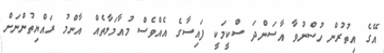
އޭގެ އިތުރުން ހުސްނުވާ އާސަންދަ ސްކީމަކީ ފައިސާގެ އެއްވެސް މުއާމަލާތެއް އާންމު ރައްޔިތުންނަށް